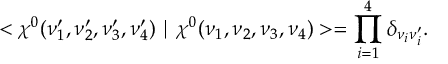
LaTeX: < \chi ^ { 0 } ( \nu _ { 1 } ^ { \prime } , \nu _ { 2 } ^ { \prime } , \nu _ { 3 } ^ { \prime } , \nu _ { 4 } ^ { \prime } ) \mid \chi ^ { 0 } ( \nu _ { 1 } , \nu _ { 2 } , \nu _ { 3 } , \nu _ { 4 } ) > = \prod _ { i = 1 } ^ { 4 } \delta _ { \nu _ { i } \nu _ { i } ^ { \prime } } .